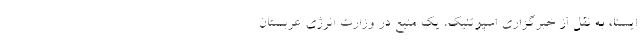
ایسنا، به نقل از خبرگزاری اسپوتنیک، یک منبع در وزارت انرژی عربستان